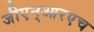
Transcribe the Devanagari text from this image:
जीएन्‌आरएच